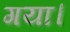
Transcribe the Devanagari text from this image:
गया।